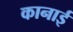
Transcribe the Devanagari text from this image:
कानाई